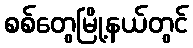
စစ်တွေမြို့နယ်တွင်